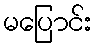
မပြောင်း